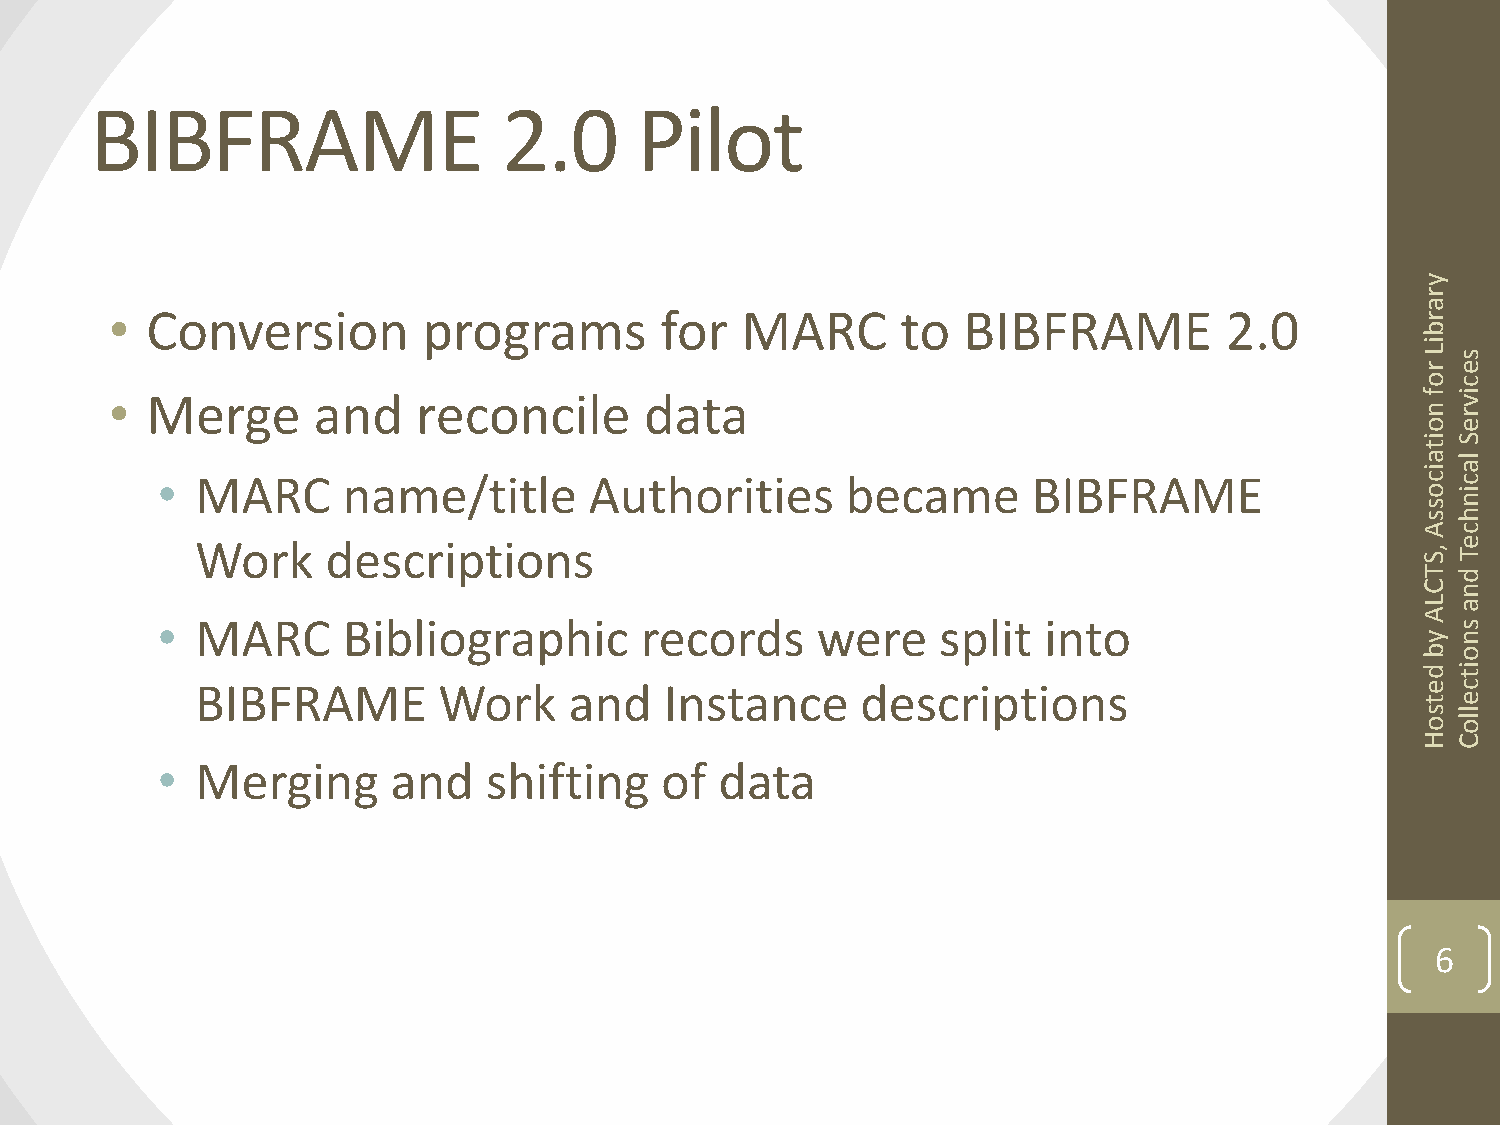
BIBFRAME                   2.0      Pilot
 y
 r
 a
 •  Conversion        programs        for  MARC       to  BIBFRAME         2.0          r
 b
 i
 L rs
 e
 oc
 •  Merge      and    reconcile      data                                               f i v
 nr
 oe
 iS
 t
 a l
 ia
 •  MARC      name/title      Authorities      became      BIBFRAME                  cc
 oi
 sn
 sh
 Ac
 Work     descriptions                                                            , Se T
 T d
 Cn
 La
 •  MARC      Bibliographic      records     were    split  into
 A
 s
 yn
 bo
 di
 t
 BIBFRAME        Work     and   Instance     descriptions                         ec
 te
 sl
 ol
 o
 HC
 •  Merging      and   shifting    of  data
 6